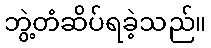
ဘွဲ့တံဆိပ်ရခဲ့သည်။